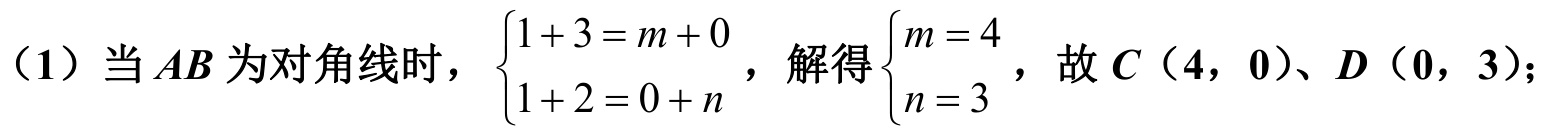
（1）当\(AB\)为对角线时，\(\begin{cases}1 + 3 = m + 0 \\1 + 2 = 0 + n\end{cases}\)，解得\(\begin{cases}m = 4 \\n = 3\end{cases}\)，故\(C(4,0)\)、\(D(0,3)\)；